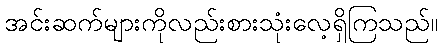
အင်းဆက်များကိုလည်းစားသုံးလေ့ရှိကြသည်။